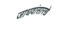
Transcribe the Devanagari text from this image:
जाधवांसारखे